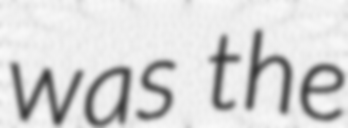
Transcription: was the